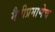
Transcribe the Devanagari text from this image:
मैत्रीप्रमाणेच